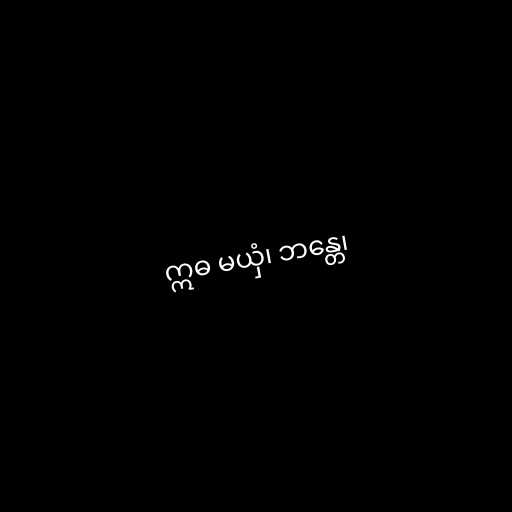
ဣဓ မယှံ၊ ဘန္တေ၊